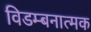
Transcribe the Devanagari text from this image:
विडम्बनात्मक